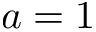
a = 1